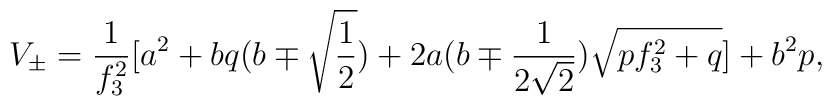
V_{\pm}=\frac{1}{f_3^2} \lbrack a^2+b q(b\mp\sqrt{\frac12})        + 2a(b\mp \frac{1}{2\sqrt{2}})\sqrt{p f^2_3+q} \rbrack +b^2 p,